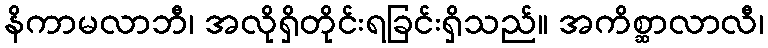
နိကာမလာဘီ၊ အလိုရှိတိုင်းရခြင်းရှိသည်။ အကိစ္ဆာလာလီ၊